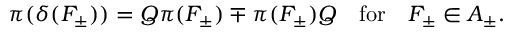
\pi ( \delta ( F _ { \pm } ) ) = Q \pi ( F _ { \pm } ) \mp \pi ( F _ { \pm } ) Q \quad \mathrm { f o r } \quad F _ { \pm } \in { \cal A } _ { \pm } .